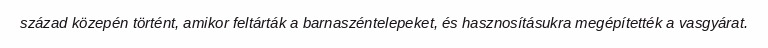
század közepén történt, amikor feltárták a barnaszéntelepeket, és hasznosításukra megépítették a vasgyárat.